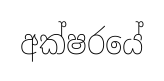
අක්ෂරයේ